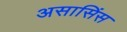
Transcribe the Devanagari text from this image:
असासिंस